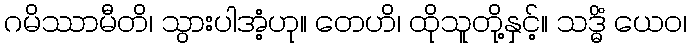
ဂမိဿာမီတိ၊ သွားပါအံ့ဟု။ တေဟိ၊ ထိုသူတို့နှင့်။ သဒ္ဓိံ ယေဝ၊